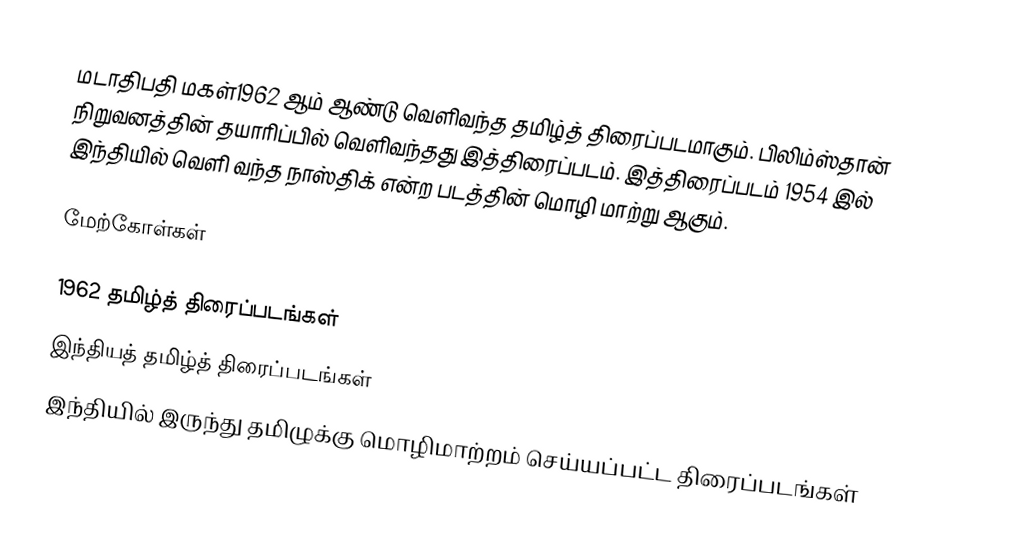
மடாதிபதி மகள்1962 ஆம் ஆண்டு வெளிவந்த தமிழ்த் திரைப்படமாகும். பிலிம்ஸ்தான் நிறுவனத்தின் தயாரிப்பில் வெளிவந்தது இத்திரைப்படம். இத்திரைப்படம் 1954 இல் இந்தியில் வெளி வந்த நாஸ்திக் என்ற படத்தின் மொழி மாற்று ஆகும்.

மேற்கோள்கள்

1962 தமிழ்த் திரைப்படங்கள்
இந்தியத் தமிழ்த் திரைப்படங்கள்
இந்தியில் இருந்து தமிழுக்கு மொழிமாற்றம் செய்யப்பட்ட திரைப்படங்கள்